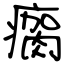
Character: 瘸